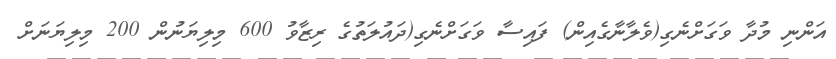
އަންނި މުދާ ވަގަށްނެގި(ވެލާނާގެއިން) ފައިސާ ވަގަށްނެގި(ދައުލަތުގެ ރިޒާވު 600 މިލިޔަނުން 200 މިލިޔަނަށް